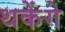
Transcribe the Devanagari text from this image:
थकेंगे